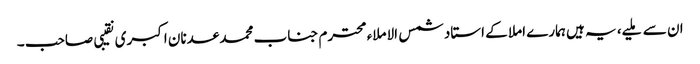
ان سے ملیے، یہ ہیں ہمارے املا کے استاد شمس الاملاء محترم جناب محمد عدنان اکبری نقیبی صاحب ۔